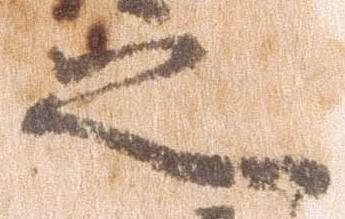
之